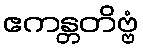
ဧကန္တတိဗ္ဗံ